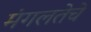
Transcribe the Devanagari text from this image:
मंगलतेचे